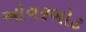
ઓવરબોટ